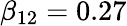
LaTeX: \beta_{12}=0.27